Report on sanitation, dispensaries, and jails in Rajputana for 1914, and on vaccination for the year 1914-1915 - 1914-1915
Year: 1914
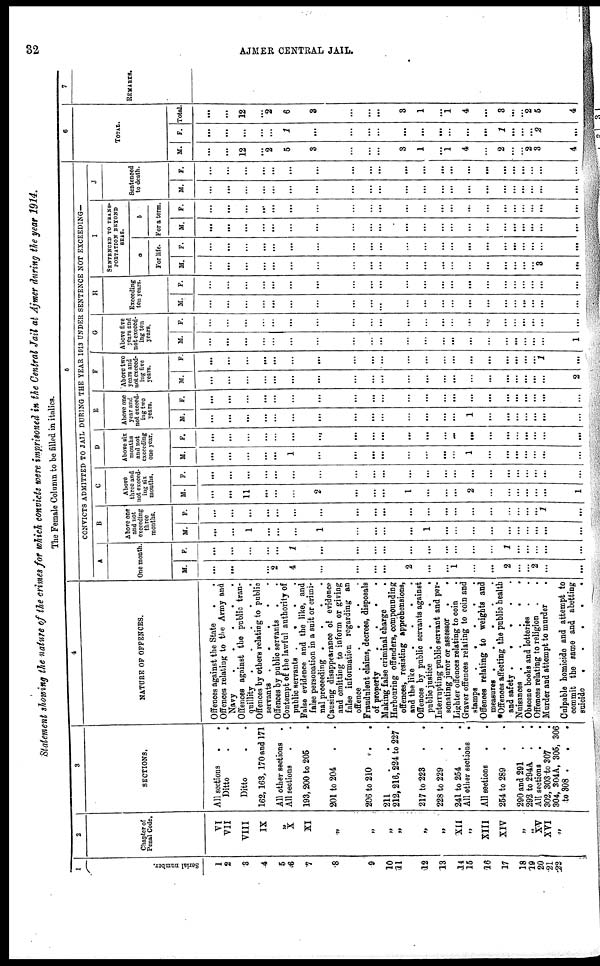
32
AJMER CENTRAL JAIL.
Statement showing the nature of the crimes for which convicts were imprisoned in the Central Jail at Ajmer during the year 1914.
The Female Column to be filled in italics.
1
Serial number.
1
2
3
4
5
6
7
8
9
10
11
12
13
14
15
16
17
18
19
20
21
22
2
Chapter of
Penal Code.
VI
VII
VIII
IX
„
X
XI
„
„
„
„
„
„
XII
„
XIII
XIV
„
„
XV
XVI
„
3
SECTIONS.
All sections
.
.
Ditto . .
Ditto . .
162,168, 170 and 171
All other sections .
All sections . .
193, 200 to 205
201 to 204
206 to 210
211 . . .
212, 216, 224 to 227
217 to 223
228 to 229
241 to 254
All other sections
.
All sections . .
254 to 289
290 and 291 . .
292 to 294A . .
All sections
.
.
302, 303 to 307 .
304, 304A, 305, 306
to 308 . . .
4
NATURE OF OFFENCES.
Offences against the State
Offences relating to the Army and
Navy
.
.
.
.
.
Offences against the public tran-
quillity . . . . . .
Offences by others relating to public
servants . . . . . .
Offences by public servants
Contempt of the lawful authority of
public servants . . . .
False evidence and the like, and
false personation in a suit or crimi-
nal proceeding . . . .
Causing disappearance of evidence
and omitting to inform or giving
false information regarding an
offence
.
.
.
.
Fraudulent claims, decrees, disposals
of property
.
.
.
.
.
Making false criminal charge .
Harbouring offenders, compounding
offences, resisting apprehensions,
and the like . . . . .
Offences by public servants against
public justice
.
.
.
.
Interrupting public servant and per-
sonating juror or assessor . .
Lighter offences relating to coin .
Graver offences relating to coin and
stamps
.
.
.
.
Offences relating to weights and
measures . . . .
*Offences affecting the public health
and safety . . .
Nuisances
.
.
.
.
Obscene books and lotteries . .
Offences relating to religion . .
Murder and attempt to murder .
Culpable homicide and attempt to
commit the same and abetting
suicide
.
.
.
.
.
5
CONVICTS ADMITTED TO JAIL DURING THE YEAR 1913 UNDER SENTENCE NOT EXCEEDING—
A
One month.
M.
...
...
...
...
2
4
...
...
...
...
2
...
...
1
...
...
2
...
...
2
...
...
F.
...
...
...
...
...
1
...
...
...
...
...
...
...
...
...
...
1
...
...
...
...
...
B
Above one
and not
execeding
three
months.
M.
...
...
1
...
...
...
1
...
...
...
...
1
...
...
...
...
...
...
...
...
...
...
F.
...
...
...
...
...
...
...
...
...
...
...
...
...
...
...
...
...
...
...
...
1
...
C
Above
three and
not exceed-
ing six
months.
M.
...
...
11
...
...
...
2
...
...
...
1
...
...
...
2
...
...
...
...
...
...
1
F.
...
...
...
...
...
...
...
...
...
...
...
...
...
...
...
...
...
...
...
...
...
...
D
Above six
months
and not
exceeding
one year.
M.
...
...
...
...
...
1
...
...
...
...
...
...
...
...
1
...
...
...
...
...
...
...
F.
...
...
...
...
...
...
...
...
...
...
...
...
...
...
...
...
...
...
...
...
...
...
E
Above one
year and
not exceed-
ing two
years.
M.
...
...
...
...
...
...
...
...
...
...
...
...
...
...
1
...
...
...
...
...
...
...
F.
...
...
...
...
...
...
...
...
...
...
...
...
...
...
...
...
...
...
...
...
...
...
F
Above two
years and
not exceed-
ing five
years.
M.
...
...
...
...
...
...
...
...
...
...
...
...
...
...
...
...
...
...
...
...
...
2
F.
...
...
...
...
...
...
...
...
...
...
...
...
...
...
...
...
...
...
...
7
...
...
G
Above five
years and
not exceed-
ing ten
years.
M.
...
...
...
...
...
...
...
...
...
...
...
...
...
...
...
...
...
...
...
...
...
1
F.
...
...
...
...
...
...
...
...
...
...
...
...
...
...
...
...
...
...
...
...
...
...
H
Exceeding
ten years.
M.
...
...
...
...
...
...
...
...
...
...
...
...
...
...
...
...
...
...
...
...
...
...
F.
...
...
...
...
...
...
...
...
...
...
...
...
...
...
...
...
...
...
...
...
...
...
I
SENTENCED TO TRANS-
PORTATION BEYOND
SEAS.
a
For life.
M.
...
...
...
...
...
...
...
...
...
...
...
...
...
...
...
...
...
...
...
3
...
...
F.
...
...
...
...
...
...
...
...
...
...
...
...
...
...
...
...
...
...
...
...
...
...
b
For a term.
M.
...
...
...
...
...
...
...
...
...
...
...
...
...
...
...
...
...
...
...
...
...
...
F.
...
...
...
...
...
...
...
...
...
...
...
...
...
...
...
...
...
...
...
...
...
...
J
Sentenced
to death.
M.
...
...
...
...
...
...
...
...
...
...
...
...
...
...
...
...
...
...
...
...
...
...
F.
...
...
...
...
...
...
...
...
...
...
...
...
...
...
...
...
...
...
...
...
...
...
6
TOTAL.
M.
...
...
12
...
2
5
3
...
...
...
3
1
...
1
4
...
2
...
2
3
...
4
F.
...
...
...
...
...
1
...
...
...
...
...
...
...
...
...
...
1
...
...
2
...
...
Total.
...
...
12
...
2
6
3
...
...
...
3
1
...
1
4
...
3
...
2
5
...
4
7
REMARKS.